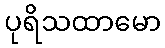
ပုရိသထာမော